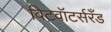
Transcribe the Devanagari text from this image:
विटवॉटर्सरँड